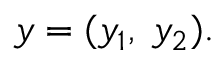
y = ( y _ { 1 } , \; y _ { 2 } ) .